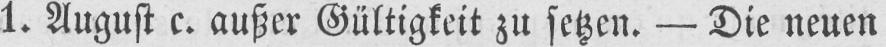
1. August c. außer Gültigkeit zu setzen. - Die neuen